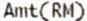
AMT(RM)